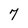
Character: 7